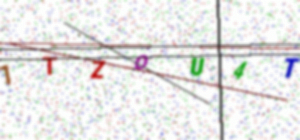
Text: 1TZOU4T